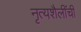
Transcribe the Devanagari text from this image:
नृत्यशैलींची